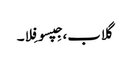
گلاب، جِپسو فِلا۔